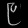
Digit: ၉